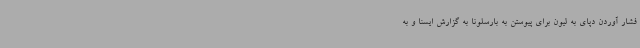
فشار آوردن دپای به لیون برای پیوستن به بارسلونا به گزارش ایسنا و به